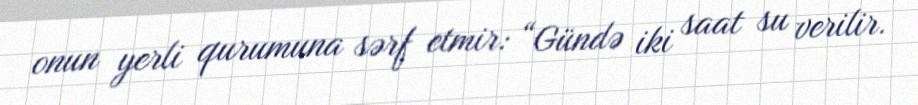
onun yerli qurumuna sərf etmir: “Gündə iki saat su verilir.